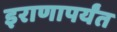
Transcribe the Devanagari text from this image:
इराणापर्यंत